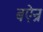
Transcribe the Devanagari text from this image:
बऐन्र